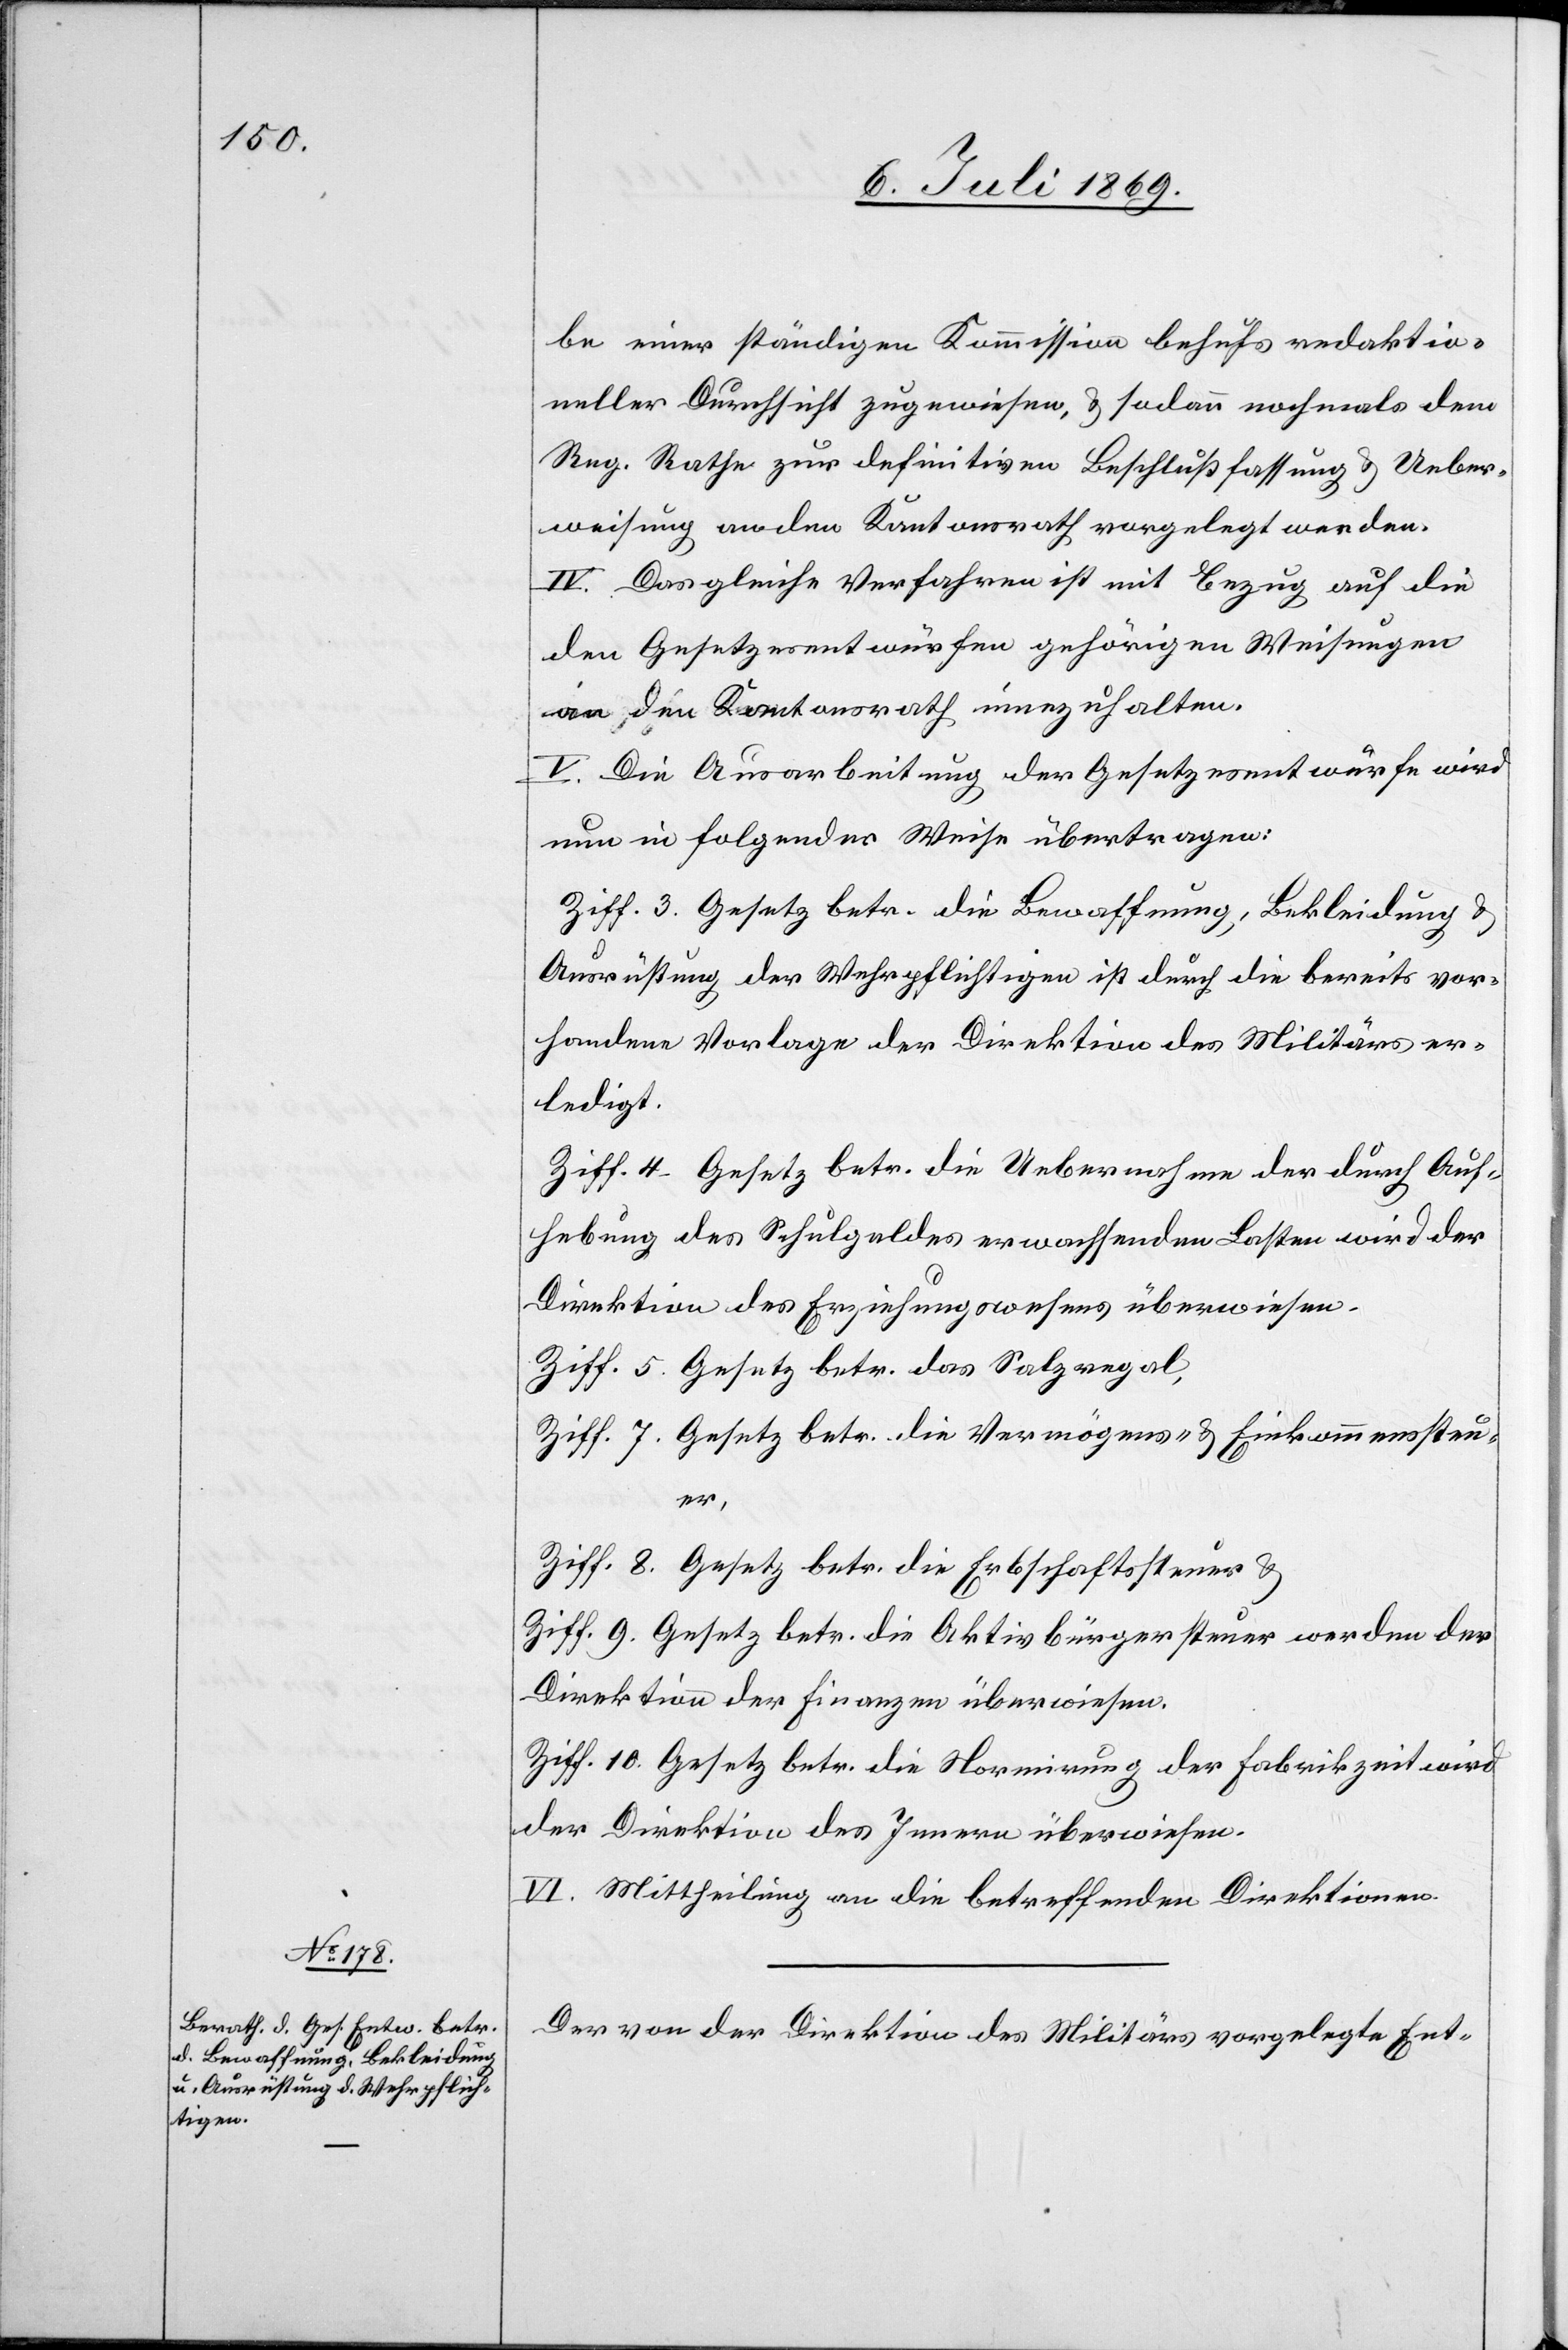
be einer ständigen Kommission behufs redaktio¬
neller Durchsicht zugewiesen, u. sodann nochmals dem
Reg. Rathe zur definitiven Beschlußfassung u. Ueber¬
weisung an den Kantonsrath vorgelegt werden.
IV. Das gleiche Verfahren ist mit Bezug auf die
den Gesetzesentwürfen gehörigen Weisungen
an den Kantonsrath einzuhalten.
V. Die Ausarbeitung der Gesetzesentwürfe wird
nun in folgender Weise übertragen:
Ziff. 3 Gesetz betr. die Bewaffnung, Bekleidung u.
Ausrüstung der Wehrpflichtigen ist durch die bereits vor¬
handene Vorlage der Direktion des Militärs er¬
ledigt.
Ziff. 4 Gesetz betr. die Uebernahme der durch Auf¬
hebung des Schulgeldes erwachsenden Lasten wird der
Direktion des Erziehungswesens überwiesen.
Ziff. 5 Gesetz betr. das Salzregal,
Ziff. 7 Gesetz betr. die Vermögens- u. Einkommenssteu¬
er,
Ziff. 8 Gesetz betr. die Erbschaftssteuer u.
Ziff. 9 Gesetz betr. die Aktivbürgersteuer werden der
Direktion der Finanzen überwiesen.
Ziff. 10 Gesetz betr. die Normirung der Fabrikzeit wird
der Direktion des Innern überwiesen.
IV. Mittheilung an die betreffenden Direktionen.
Der von der Direktion des Militärs vorgelegte Ent-